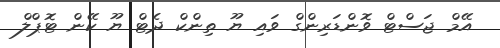
އޭމް ޖަސްޓް ވޮންޑަރިންގް ވައި ޔޫ ތިންކް ދެޓް ޔޫ ކޭން ޓޮޕްލް